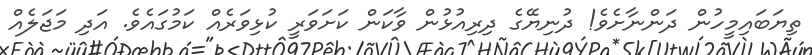
ތިޔަބައިމީހުން ދަންނާށެވެ! ދުނިޔޭގެ ދިރިއުޅުން ވާކަން ކަށަވަރީ ކުޅިވަރެއް ކަމުގައެވެ. އަދި މަޖަލެއް